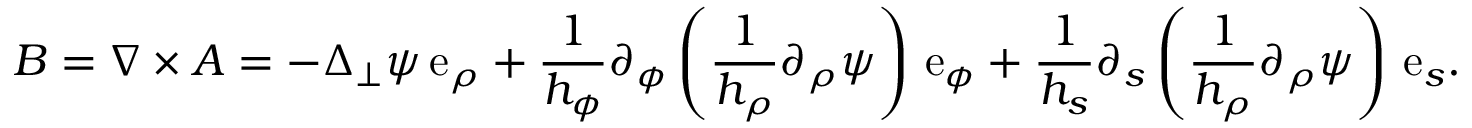
\boldsymbol { B } = \nabla \times \boldsymbol { A } = - \Delta _ { \perp } \psi \, \mathrm { e } _ { \rho } + \frac { 1 } { h _ { \phi } } \partial _ { \phi } \left( \frac { 1 } { h _ { \rho } } \partial _ { \rho } \psi \right) \, \mathrm { e } _ { \phi } + \frac { 1 } { h _ { s } } \partial _ { s } \left( \frac { 1 } { h _ { \rho } } \partial _ { \rho } \psi \right) \, \mathrm { e } _ { s } .